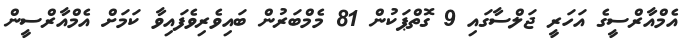
އެމްއާރްސީގެ އަހަރީ ޖަލްސާގައި 9 ގޮތްޕަކުން 81 މެމްބަރުން ބައިވެރިވެފައިވާ ކަމަށް އެމްއާރްސީން